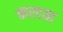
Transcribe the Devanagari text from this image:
करदया